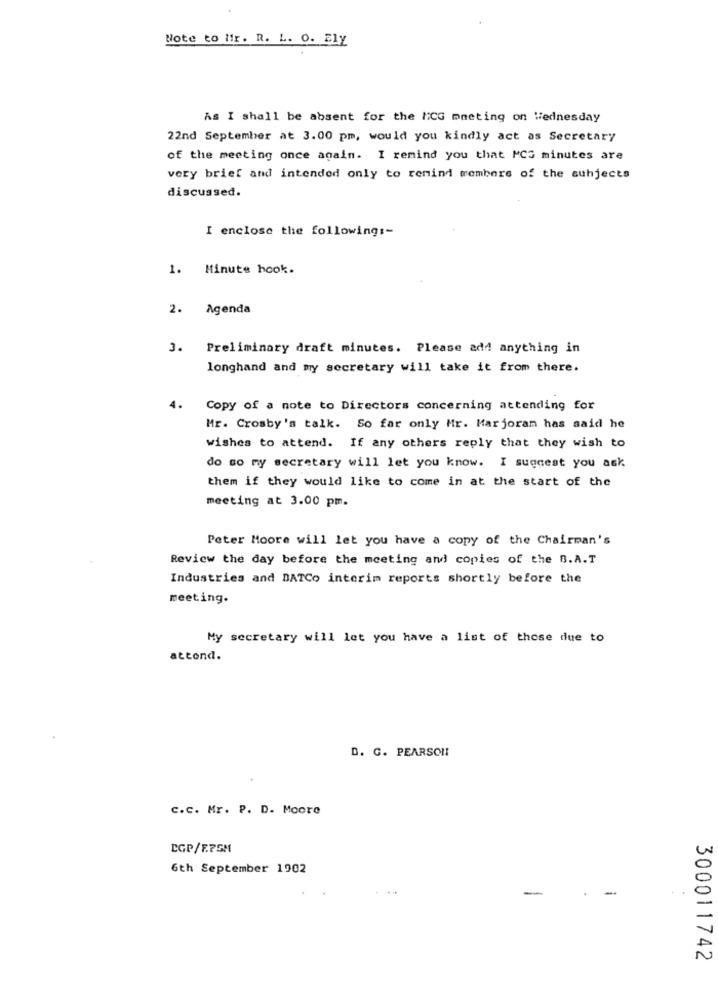
Note to Mr. R. L. O. Ely
As I shall be absent for the ICG meeting on Wednesday
22nd September at 3.00 pm, would you kindly act as Secretary
of the meeting once again. I remind you that MCG minutes are
very brief and intended only to remind members of the subjects
discussed.
I enclose the following :-
1. Minute hook.
2. Agenda
3. Preliminary draft minutes. Please add anything in
longhand and my secretary will take it from there.
4.
Copy of a note to Directors concerning attending for
Mr. Crosby's talk. So far only Mr. Marjoram has said he
wishes to attend. If any others reply that they wish to
do so my secretary will let you know. I suggest you ask
them if they would like to come in at the start of the
meeting at 3.00 pm.
Peter Moore will let you have a copy of the Chairman's
Review the day before the meeting and copies of the B.A.T
Industries and DATCo interim reports shortly before the
meeting.
My secretary will let you have a list of those due to
attond.
D. C. PEARSON
C.c. Mr. P. D. Moore
CGP/F.PSM
6th September 1902
-
300011742